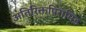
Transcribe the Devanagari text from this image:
अतिरिक्तपिरामिड